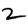
Digit: 2